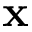
\mathbf { x }